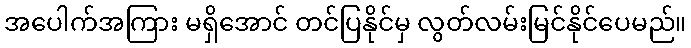
အပေါက်အကြား မရှိအောင် တင်ပြနိုင်မှ လွတ်လမ်းမြင်နိုင်ပေမည်။